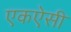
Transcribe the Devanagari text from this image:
एकऐसी